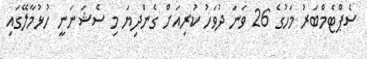
ސެޕްޓެމްބަރު މަހުގެ 26 ވަނަ ދުވަހު ކުރިއަށް ގެންދިޔަ މި ސެޝަނަނީ ހުޅުމާލޭގައި